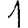
Digit: 1